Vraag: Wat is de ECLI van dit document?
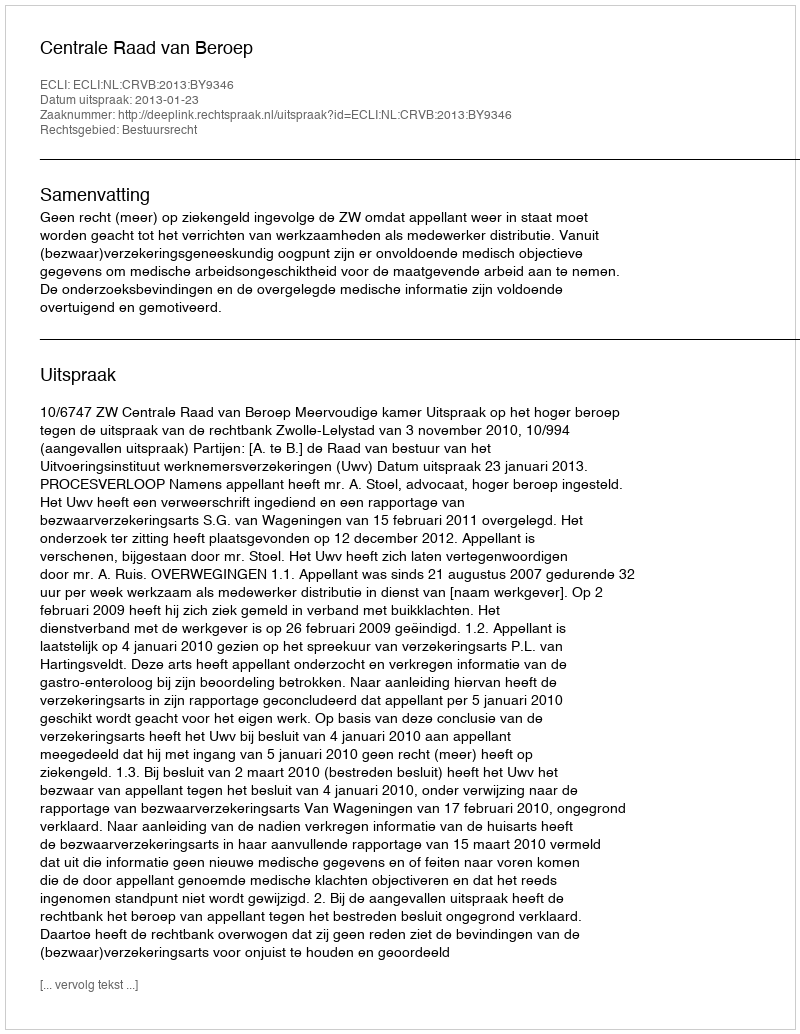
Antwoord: ECLI:NL:CRVB:2013:BY9346